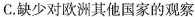
C.缺少对欧洲其他国家的观察